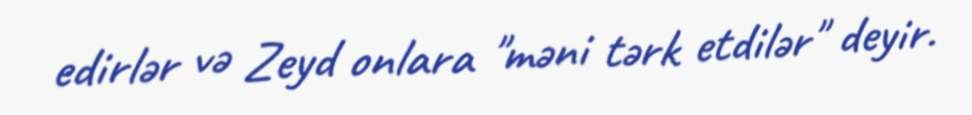
edirlər və Zeyd onlara "məni tərk etdilər" deyir.